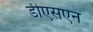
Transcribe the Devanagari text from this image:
डीएसएन